Document type: Dowry acquittance
Year: 1427
Scribe: Pere Tarafa
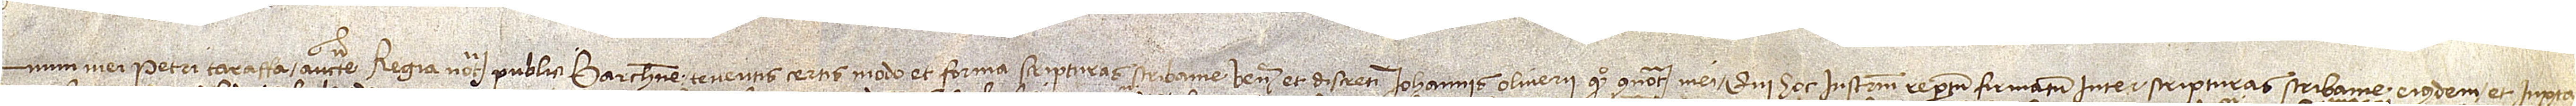
num mei Petri Taraffa, auctoritate regia notarii publici Barchinone, tenentis certis modo et forma scripturas scribanie venerabilis et discreti Iohannis Oliverii, quondam, connotarii mei, qui hoc instrumentum repertum firmatum inter scripturas scribanie eiusdem et iuxta